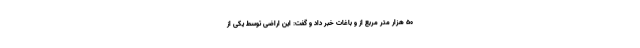
۵۰ هزار متر مربع از و باغات خبر داد و گفت: این اراضی توسط یکی از